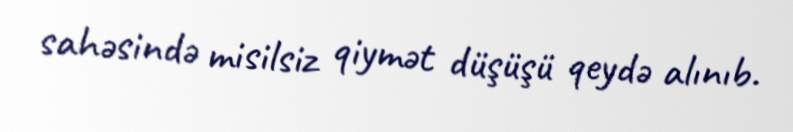
sahəsində misilsiz qiymət düşüşü qeydə alınıb.